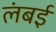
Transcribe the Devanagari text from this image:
लंबई